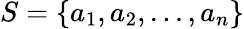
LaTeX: S=\{ a_{1},a_{2},\dots,a_{n}\}